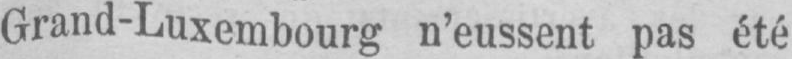
Grand-Luxembourg n’eussent pas été